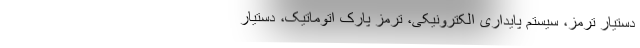
دستیار ترمز، سیستم پایداری الکترونیکی، ترمز پارک اتوماتیک، دستیار